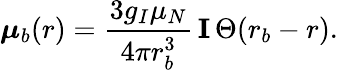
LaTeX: \boldsymbol\mu_{b}(r)=\frac{3g_{I}\mu_{N}}{4\pi r_{b}^{3}}\, \mathbf{I}\, \Theta(r_{b}-r).